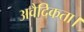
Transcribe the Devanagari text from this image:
अवैदिकता।